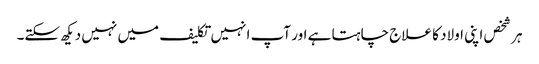
ہر شخص اپنی اولاد کا علاج چاہتا ہے اور آپ انہیں تکلیف میں نہیں دیکھ سکتے۔